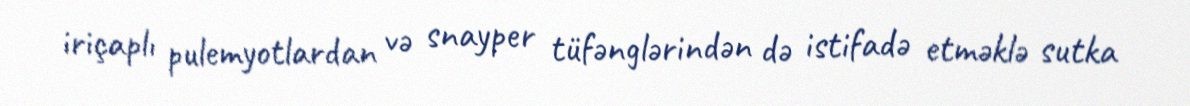
iriçaplı pulemyotlardan və snayper tüfənglərindən də istifadə etməklə sutka